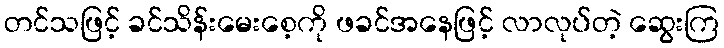
တင်သဖြင့် ခင်သိန်းမေးစေ့ကို ဖခင်အနေဖြင့် လာလုပ်တဲ့ ဆွေးကြ